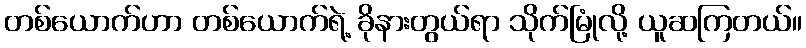
တစ်ယောက်ဟာ တစ်ယောက်ရဲ့ ခိုနားတွယ်ရာ သိုက်မြုံလို့ ယူဆကြတယ်။